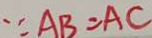
\because A B = A C